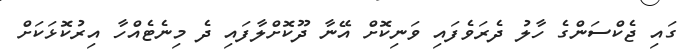
ގައި ޖެކްސަންގެ ހާލު ދެރަވެފައި ވަނިކޮށް އޭނާ ދޫކޮށްލާފައި ދެ މިނެޓެއްހާ އިރުކޮޅަކަށް